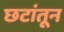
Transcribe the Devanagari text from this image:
छटांतून